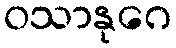
ဝသာနုဂေ